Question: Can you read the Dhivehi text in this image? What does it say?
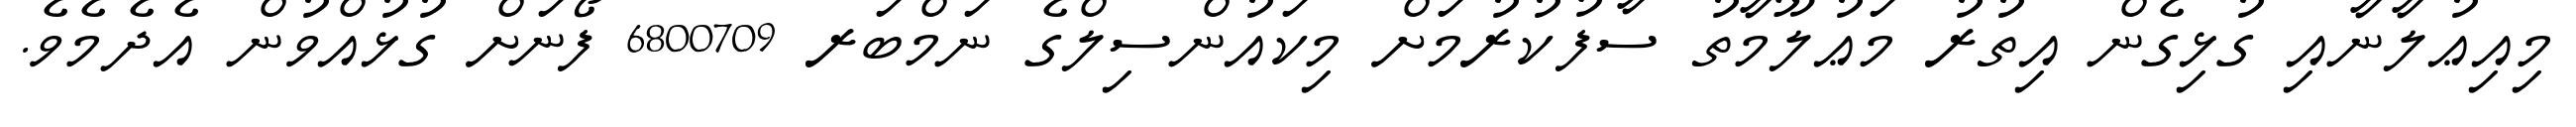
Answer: މިއިޢުލާނާއި ގުޅިގެން އިތުރު މަޢުލޫމާތު ސާފުކުރުމަށް މިކައުންސިލްގެ ނަމްބަރ 6800709 ފޯނަށް ގުޅުއްވުން އެދެމެވެ.